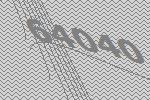
64040